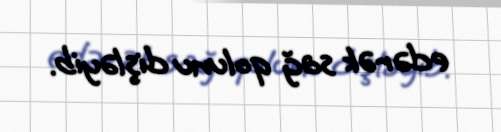
edərək sağ qolunu dişləyib.